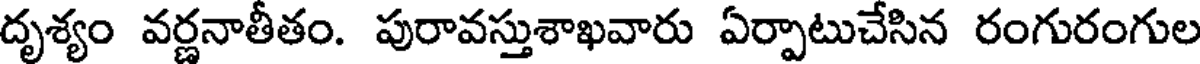
దృశ్యం వర్ణనాతీతం. పురావస్తుశాఖవారు ఏర్పాటుచేసిన రంగురంగుల